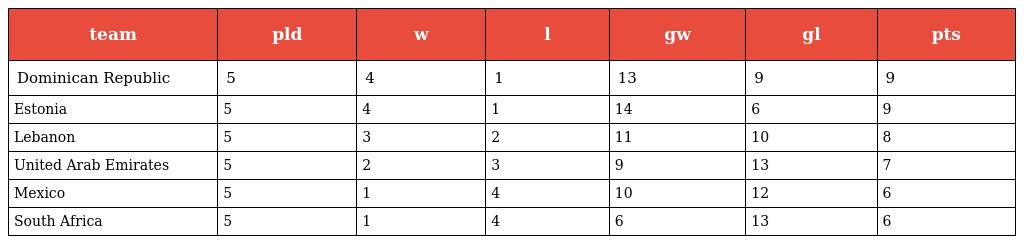
| team | pld | w | l | gw | gl | pts |
 | --- | --- | --- | --- | --- | --- | --- |
 | Dominican Republic | 5 | 4 | 1 | 13 | 9 | 9 |
 | Estonia | 5 | 4 | 1 | 14 | 6 | 9 |
 | Lebanon | 5 | 3 | 2 | 11 | 10 | 8 |
 | United Arab Emirates | 5 | 2 | 3 | 9 | 13 | 7 |
 | Mexico | 5 | 1 | 4 | 10 | 12 | 6 |
 | South Africa | 5 | 1 | 4 | 6 | 13 | 6 |